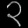
Digit: ၃